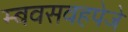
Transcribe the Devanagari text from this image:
म्बवसवहपेजे